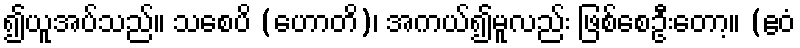
၍ယူအပ်သည်။ သစေပိ (ဟောတိ)၊ အကယ်၍မူလည်း ဖြစ်စေဦးတော့။ (ဧဝံ